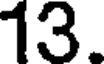
13.